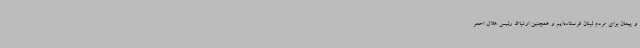
و پیمان برای مردم لبنان فرستاده‌ایم و همچنین ارتباط رئیس هلال احمر